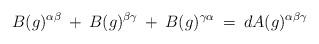
LaTeX: \begin{align*}B(g)^{\alpha \beta} \: + \: B(g)^{\beta \gamma} \: + \:B(g)^{\gamma \alpha} \: = \: d A(g)^{\alpha \beta \gamma}\end{align*}